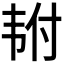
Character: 𬰴